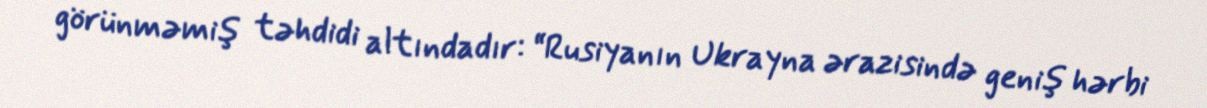
görünməmiş təhdidi altındadır: “Rusiyanın Ukrayna ərazisində geniş hərbi